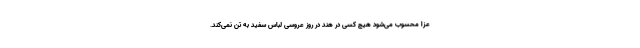
عزا محسوب می‌شود هیچ کسی در هند در روز عروسی لباس سفید به تن نمی‌کند.